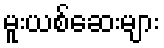
မူးယစ်ဆေးများ